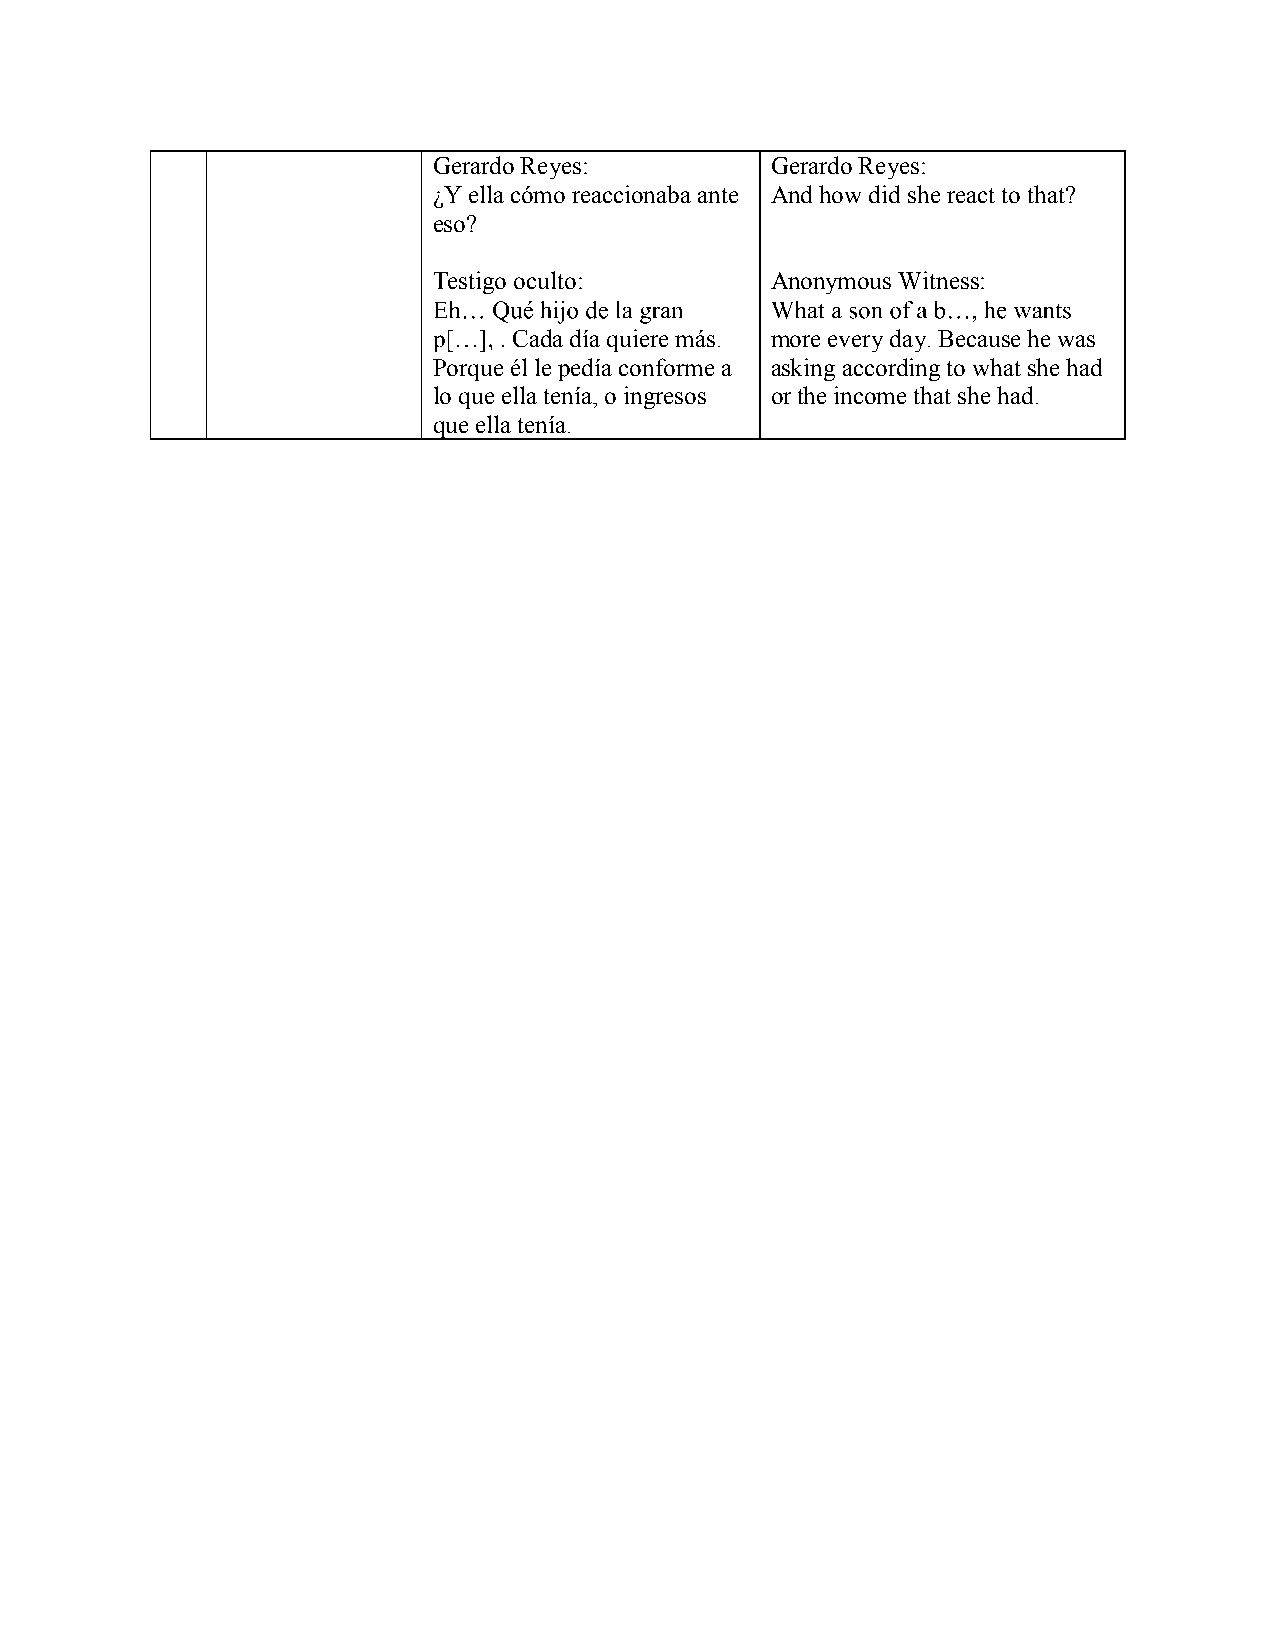
Gerardo Reyes:        Gerardo Reyes:
 ¿Y ella cómo reaccionaba ante And how did she react to that?
 eso?
 Testigo oculto:       Anonymous Witness:
 Cada día quiere más. more every day. Because he was
 Porque él le pedía conforme a asking according to what she had
 lo que ella tenía, o ingresos or the income that she had.
 que ella tenía.